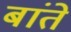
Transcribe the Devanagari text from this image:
बांते